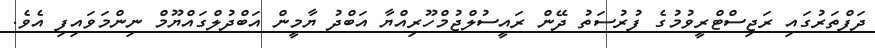
ދަފްތަރުގައި ރަޖިސްްޓްރީވުމުގެ ފުރުސަތު ދޭން ރައީސުލްޖުމްހޫރިއްޔާ އަބްދު ޔާމީން އަބްދުލްގައްޔޫމް ނިންމަވައިފި އެވެ.